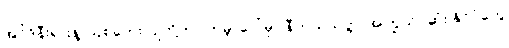
အင်ဒိုနီးရှားနဲ့ ဩစတေးလျတို့ဟာ ကမ္ဘာပေါ်မှာ နီကယ်သတ္တု အကြွယ်ဝဆုံး နိုင်ငံတွေ